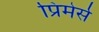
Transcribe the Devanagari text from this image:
प्रिमेर्स